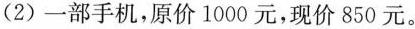
(2) 一部手机，原价1000元，现价850元。